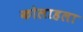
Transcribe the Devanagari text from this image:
कोलाहला